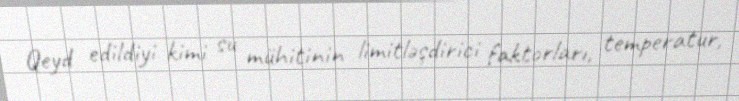
Qeyd edildiyi kimi su mühitinin limitləşdirici faktorları, temperatur,